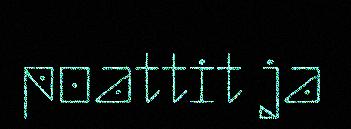
poattit ja